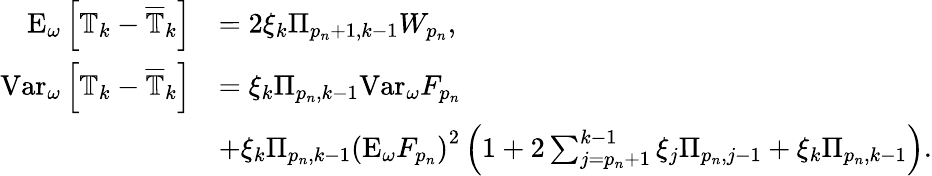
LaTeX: \begin{array}{rl}{\mathrm{E}_{\omega}\left[\mathbb{T}_{k}-\overline{\mathbb{T}}_{k}\right]}&{=2\xi_{k}\Pi_{p_{n}+1,k-1}W_{p_{n}},}\\ {\mathrm{Var}_{\omega}\left[\mathbb{T}_{k}-\overline{\mathbb{T}}_{k}\right]}&{=\xi_{k}\Pi_{p_{n},k-1}\mathrm{Var}_{\omega}F_{p_{n}}}\\ &{+\xi_{k}\Pi_{p_{n},k-1}\left(\mathrm{E}_{\omega}F_{p_{n}}\right)^{2}\left(1+2\sum_{j=p_{n}+1}^{k-1}\xi_{j}\Pi_{p_{n},j-1}+\xi_{k}\Pi_{p_{n},k-1}\right).}\end{array}